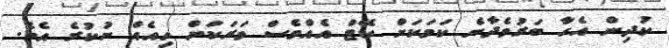
ކުދިން އެހާ ބަރުވެދާނެ ކަމަކަށް ކޭޓް އެއްވެސް ވަރަކަށް ހިއެއް ނުކުރެ އެވެ.